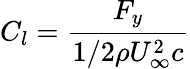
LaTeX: C_{l}=\frac{F_{y}}{1/2\rho U_{\infty}^{2}c}